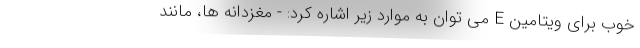
خوب برای ویتامین E می توان به موارد زیر اشاره کرد: - مغزدانه ها، مانند